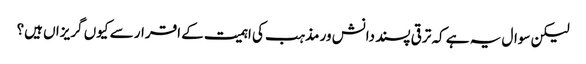
لیکن سوال یہ ہے کہ ترقی پسند دانش ور مذہب کی اہمیت کے اقرار سے کیوں گریزاں ہیں؟